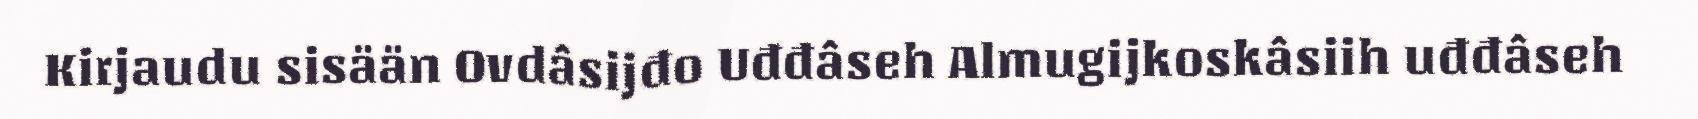
Kirjaudu sisään Ovdâsijđo Uđđâseh Almugijkoskâsiih uđđâseh